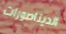
الديناصورات